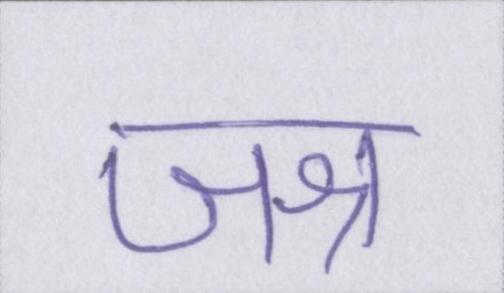
जश्न